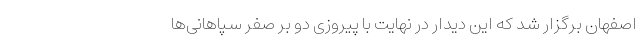
اصفهان برگزار شد که این دیدار در نهایت با پیروزی دو بر صفر سپاهانی‌ها